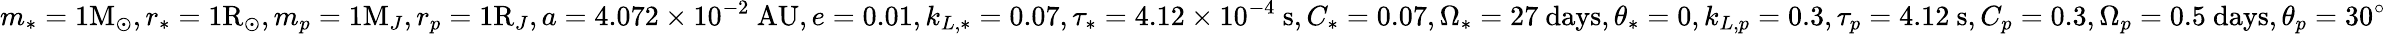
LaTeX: m_{*}=1\mathrm{M}_{\odot},r_{*}=1\mathrm{R}_{\odot},m_{p}=1\mathrm{M}_{J},r_{p}=1\mathrm{R}_{J},a=4.072\times 10^{-2}\mathrm{~AU},e=0.01,k_{L,*}=0.07,\tau_{*}=4.12\times 10^{-4}\mathrm{~s},C_{*}=0.07,\Omega_{*}=27\mathrm{~days},\theta_{*}=0,k_{L,p}=0.3,\tau_{p}=4.12\mathrm{~s},C_{p}=0.3,\Omega_{p}=0.5\mathrm{~days},\theta_{p}=30^{\circ}